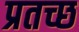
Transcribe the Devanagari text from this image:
प्रतच्छ